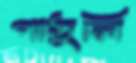
পাঠুলি